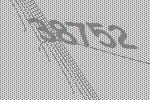
38752